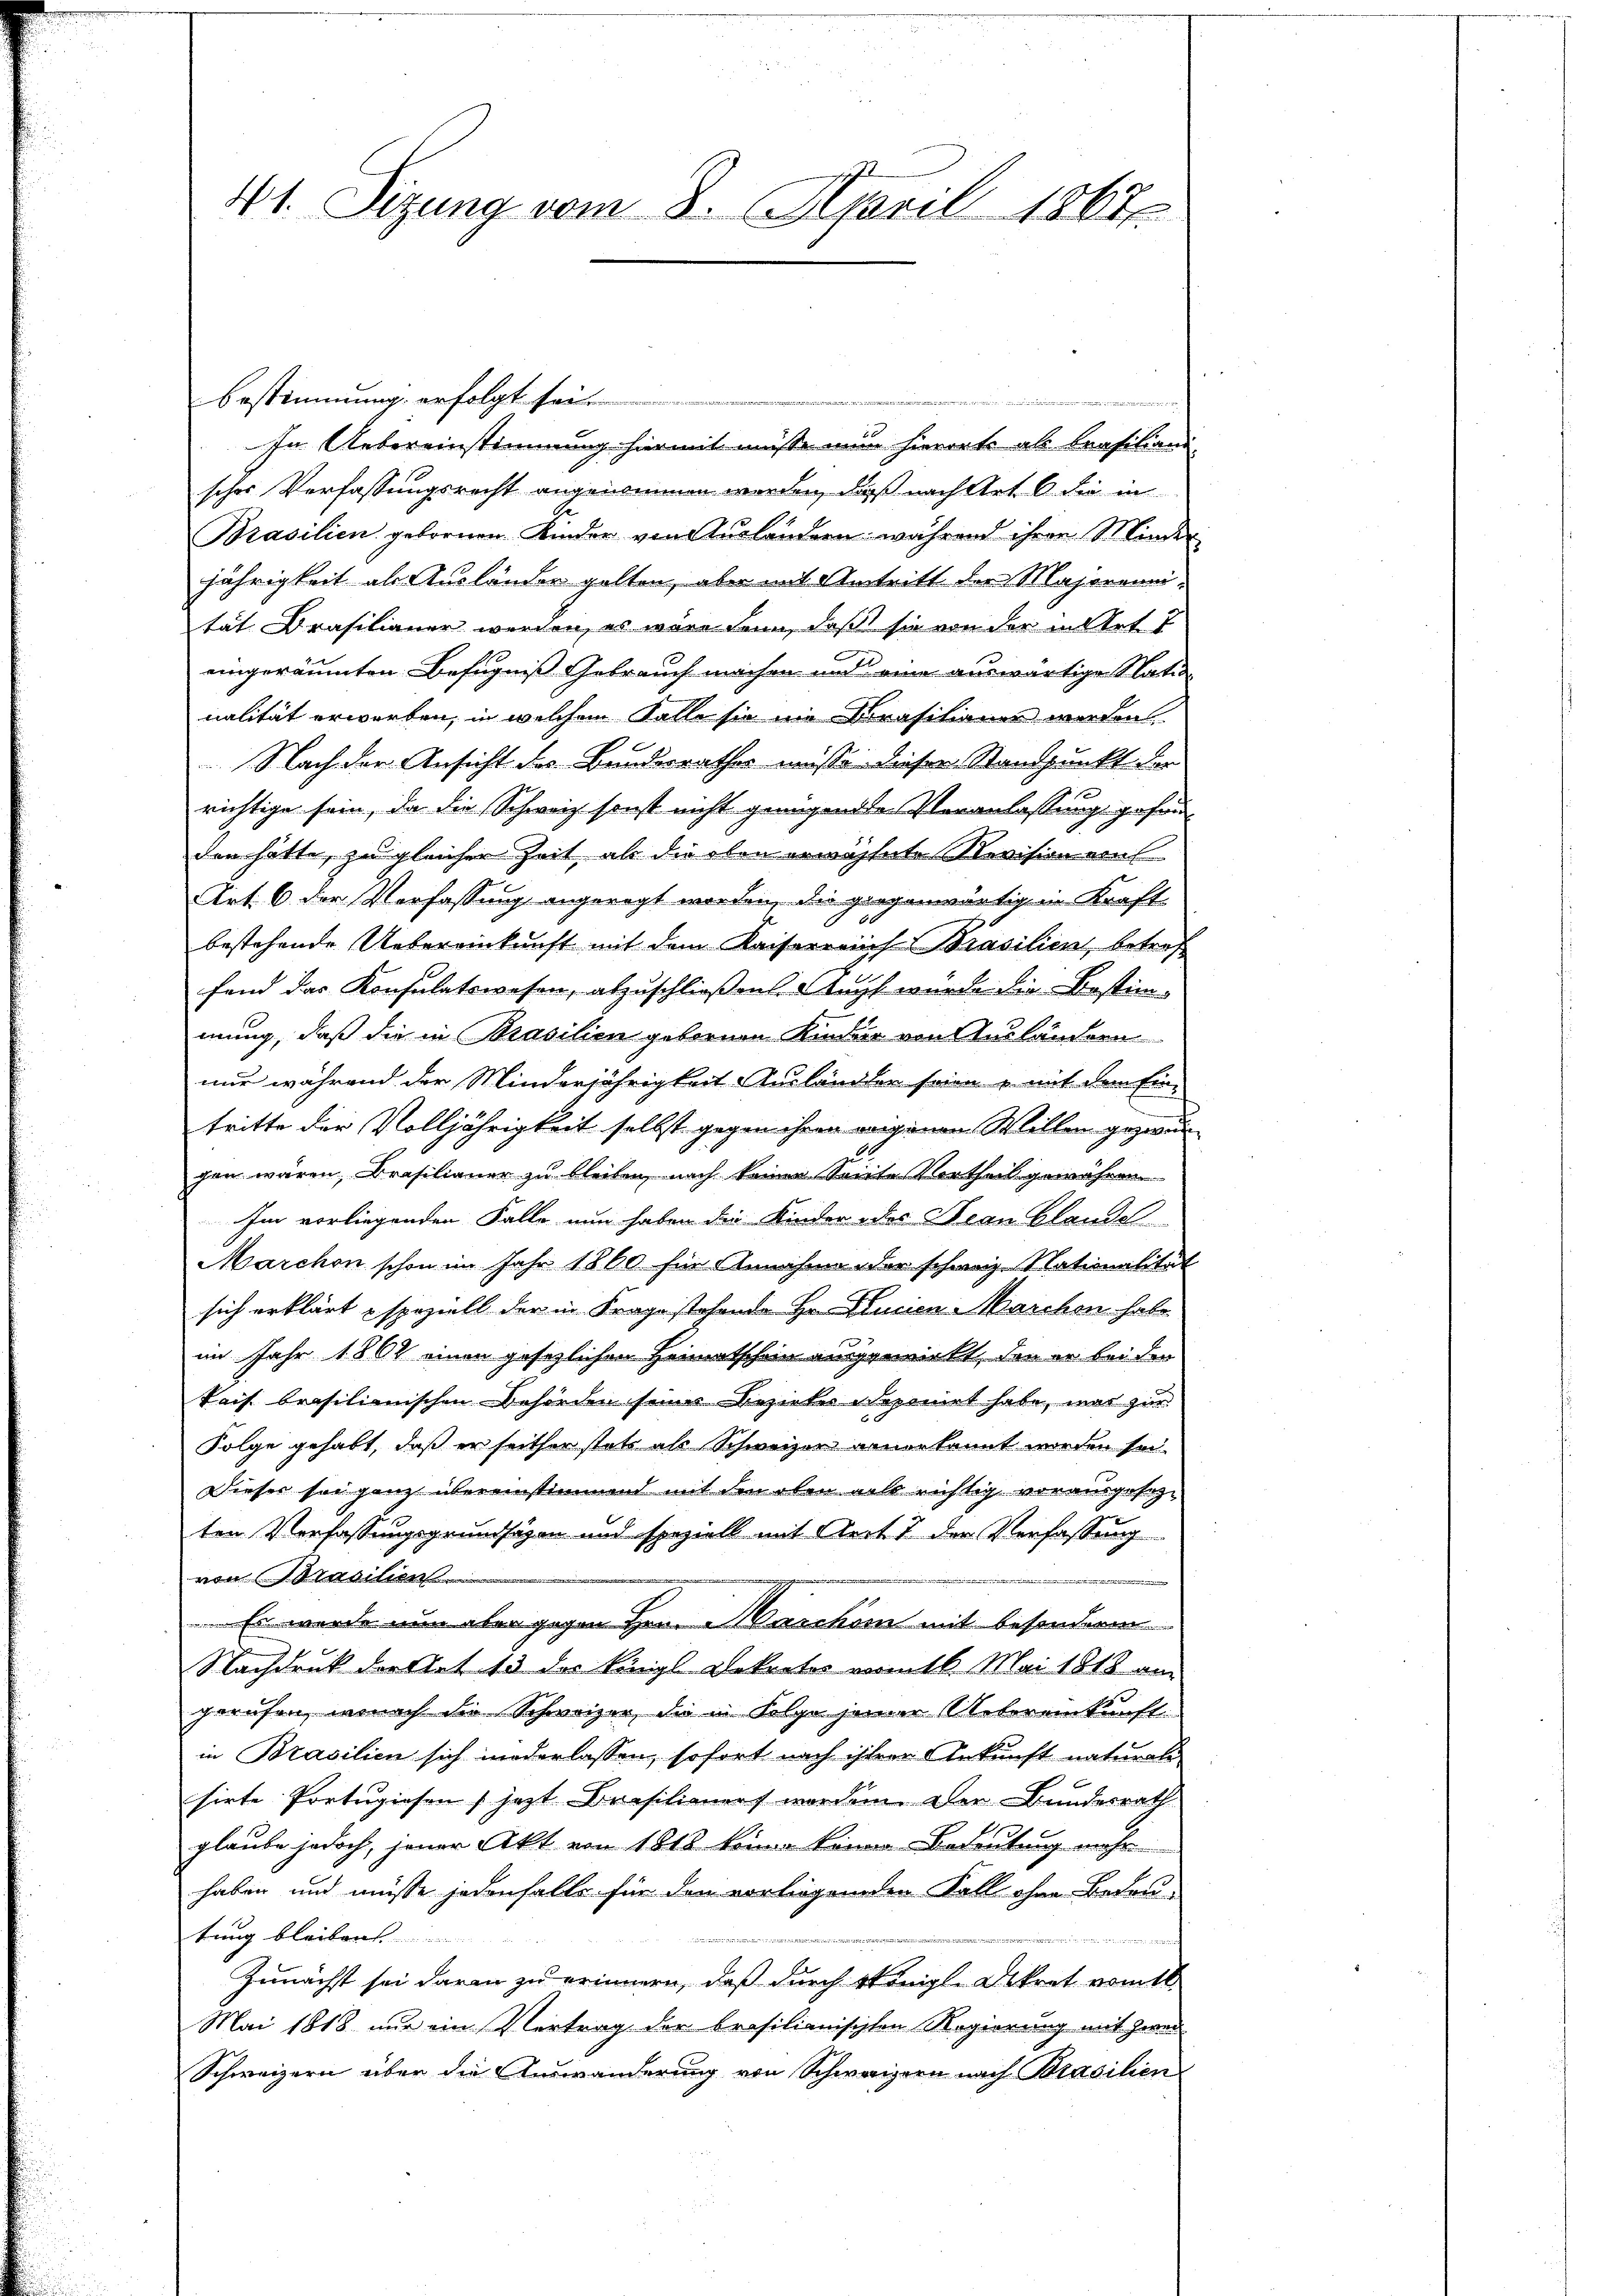
41. Sizung vom 8. April 1867

Bestimmung erfolgt sei.
e, gehende er sicht der der
In Uebereinstimmung hiermit müsse nun hierorts als Brasiliani-
scher Verfassungsrecht angenommen werden, daß nach Art. 6 die in
Brasilien gebornen Kinder von Ausländern während ihren Minder
jährigkeit als Ausländer gelten, aber mit Antritt der Majorennitat Brasilianer werden, es wäre denn, daß sie von der altet
eingeräumten Befugniß Gebrauch machen und eine auswärtige Nation
nalität erwarten, in welchem Falle sie im Versitionen worden
Nach der Ansicht des Banderrathes misse dieser Standpunkt der
richtige sein, da die Schweiz sonst nicht genügende Veranlassung gesandden hätte, zu gleicher Zeit als die oben erwähnte Revision ein
Art. 6 der Verfassung angeregt worden, die giegenwärtig in Kraft
bestehende Uebereinkunft mit dem Kaiserreich Brasilien, betrof
fand das Konsulatswesen, abzuschließen. Auch wurde die Bestimmung, daß die in Brasilien geborene Kinder von Ausländern
nur während der Minderjährigkeit Ausländlen seien, mit dem Ein-
tritte der Volljährigkeit selbst gegen ihren weigenen Willen gezwu
gen wären, Brasilianer zu bleiben, nach keinen Seite Vortheil gewähren
Im vorliegenden Falle nun haben die Kinder des Bean blandel
Marchon schon im Jahr 1860 für Annahme der schweiz. Nationalität
sich erklärt speziell der in Frage stehende Hr. Curien Marchon habe
im Jahr 1862 einen gesetzlichen Heimatschein ausgewirkt, den er bei der
kais brasilienischen Behörden seiner Bezieher deponirt habe, was zur
Folge gehabt, daß er seither stets als Schweizer anerkannt werden sei
Dieser sei ganz übereinstimmend mit den oben als richtig vorausgesezten Verfassungsgrundsäzen und spezielt mit Reit 7 der Verfassung
von Brasilien
de
Es wurde nun aber gegen Hrn. Waschön mit besonderen
Nachdruck der that 13 des königl Dekretes vom 6. Mai 1818 am
gerufen, wonach die Schweizer, die in Folge jener Uebereinkunft
in Brasilien sich niederlassen, sofort nach ihrer Ankunft naturale
sirte Portugiesen, jezt Crasilienert worden. Der Bundesrath
glaube jedoch, jener Akt von 1818 keine kenne-Bedeutung mehr
haben und müsse jedenfalls für den vorliegenden Fall ohne Bedeu-
tung bleiben.

Zunächst sei daran zu erinnern, daß durch Königl. Dekret vomtl.
Mai 1818 nur ein Vertrag der brasilianischten Regierung mit zwei
Schweizern über die Auswanderung von Schweizern nach Brasilien